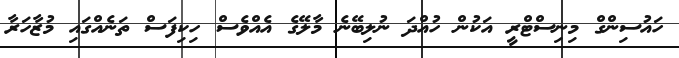
ހައުސިންގް މިނިސްޓްރީ އަކުން ހުއްދަ ނުލިބޭނެ މާލޭގެ އެއްވެސް ހިކިފަސް ތަނެއްގައި މުޒާހަރާ